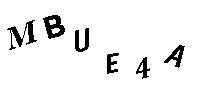
MBUE4A